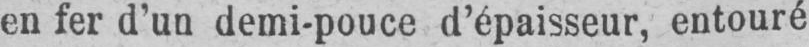
en fer d’un demi-pouce d’épaisseur, entouré